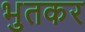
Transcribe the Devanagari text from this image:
भुतकर